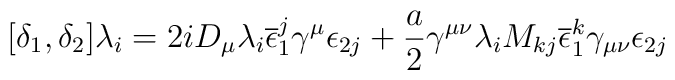
[\delta_{1},\delta_{2}] \lambda_{i} = 2 i D_{\mu} \lambda_{i}\overline{\epsilon}_{1}^{j} \gamma^{\mu} \epsilon_{2 j} + \frac{a}{2}\gamma^{\mu \nu} \lambda_{i} M_{kj} \overline{\epsilon}_{1}^{k} \gamma_{\mu \nu} \epsilon_{2 j}